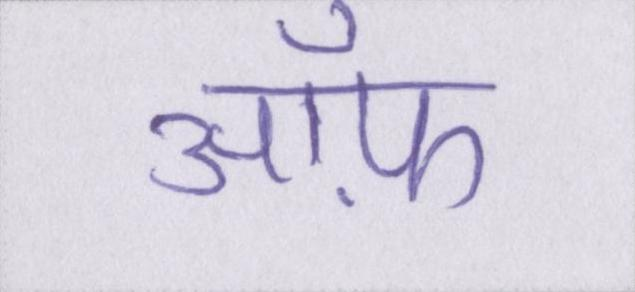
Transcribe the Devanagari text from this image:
ऑफ़